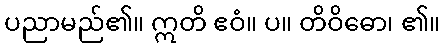
ပညာမည်၏။ ဣတိ ဧဝံ။ ပ။ တိဝိဓော၊ ၏။